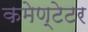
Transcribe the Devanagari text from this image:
कमेण्टेटर